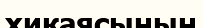
хикаясының